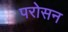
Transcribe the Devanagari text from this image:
परोसन